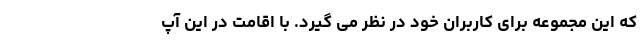
که این مجموعه برای کاربران خود در نظر می گیرد. با اقامت در این آپ